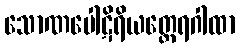
သောဏပေါဋိရိယတ္ထေရဂါထာ